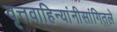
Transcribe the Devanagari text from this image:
वृत्तवाहिन्यांनीसांगितले